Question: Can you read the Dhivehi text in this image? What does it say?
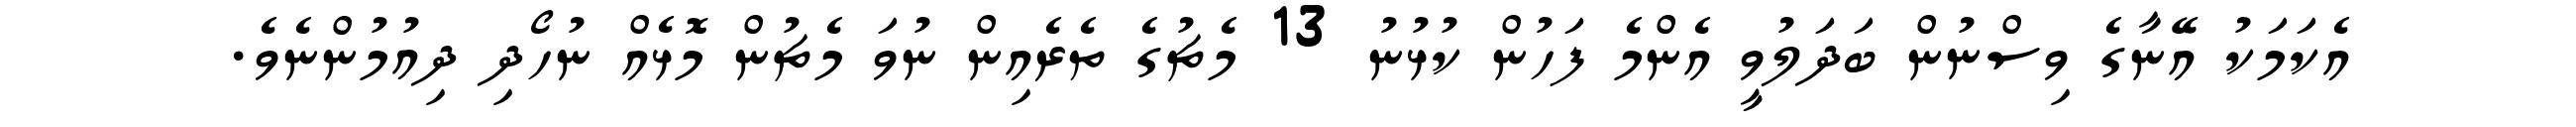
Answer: އެކަމަކު އޭނާގެ ވިސްނުން ބަދަލުވީ އެންމެ ފަހުން ކުޅުނު 13 މެޗުގެ ތެރެއިން ނުވަ މެޗުން މޮޅެއް ނުހޯދި ދިއުމުންނެވެ.